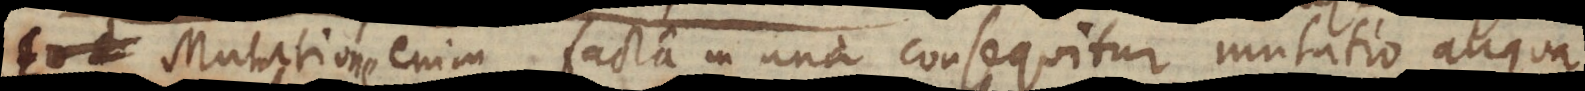
Mutatione enim facta in una consequitur mutatio aliqua